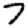
Digit: 7